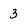
Character: 3